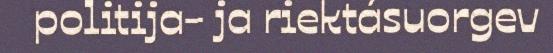
politija- ja riektásuorgev